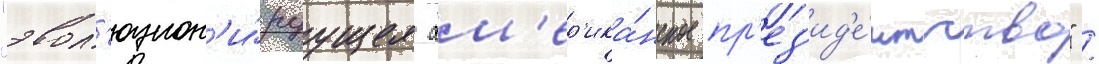
"эвол'юцион'и́руущее ам'ер'ика́нское пр'ез'ид'е́нтство" /